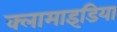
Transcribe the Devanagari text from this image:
क्लामाइडिया